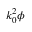
k _ { 0 } ^ { 2 } \phi